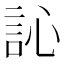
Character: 訫